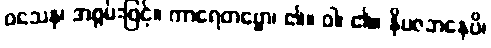
ဝသေန၊ အစွမ်းဖြင့်။ ကာရေတဗ္ဗော၊ ၏။ ဝါ၊ ၏။ နိပဇဘနေပိ၊